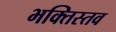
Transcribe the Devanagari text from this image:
भक्तिस्तव